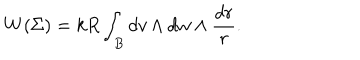
LaTeX: W ( \Sigma ) = k R \int _ { B } d v \wedge d w \wedge \frac { d r } { r } .